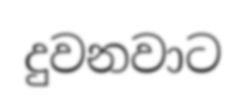
දුවනවාට